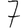
Digit: 7